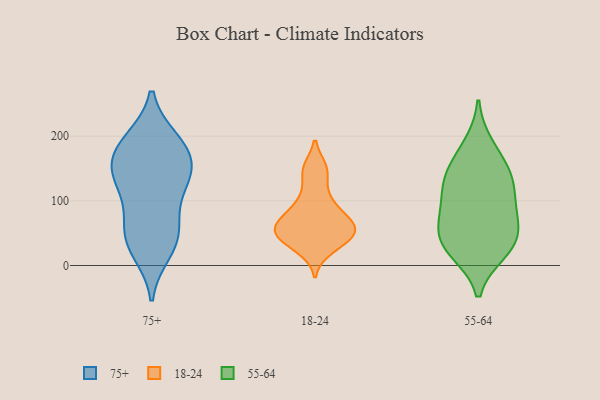
{"axis": {"x": "Net Income (USD K)", "y": "Value"}, "legend": ["18-24", "55-64", "75+"], "data": [{"x": "", "y": 140, "type": "75+"}, {"x": "", "y": 185, "type": "75+"}, {"x": "", "y": 189, "type": "75+"}, {"x": "", "y": 37, "type": "75+"}, {"x": "", "y": 193, "type": "75+"}, {"x": "", "y": 74, "type": "75+"}, {"x": "", "y": 39, "type": "75+"}, {"x": "", "y": 22, "type": "75+"}, {"x": "", "y": 112, "type": "75+"}, {"x": "", "y": 58, "type": "75+"}, {"x": "", "y": 174, "type": "75+"}, {"x": "", "y": 143, "type": "75+"}, {"x": "", "y": 142, "type": "75+"}, {"x": "", "y": 141, "type": "75+"}, {"x": "", "y": 58, "type": "18-24"}, {"x": "", "y": 147, "type": "18-24"}, {"x": "", "y": 58, "type": "18-24"}, {"x": "", "y": 46, "type": "18-24"}, {"x": "", "y": 25, "type": "18-24"}, {"x": "", "y": 150, "type": "18-24"}, {"x": "", "y": 112, "type": "18-24"}, {"x": "", "y": 81, "type": "18-24"}, {"x": "", "y": 89, "type": "18-24"}, {"x": "", "y": 36, "type": "18-24"}, {"x": "", "y": 52, "type": "18-24"}, {"x": "", "y": 71, "type": "18-24"}, {"x": "", "y": 50, "type": "18-24"}, {"x": "", "y": 88, "type": "55-64"}, {"x": "", "y": 26, "type": "55-64"}, {"x": "", "y": 82, "type": "55-64"}, {"x": "", "y": 38, "type": "55-64"}, {"x": "", "y": 185, "type": "55-64"}, {"x": "", "y": 119, "type": "55-64"}, {"x": "", "y": 42, "type": "55-64"}, {"x": "", "y": 136, "type": "55-64"}, {"x": "", "y": 156, "type": "55-64"}, {"x": "", "y": 22, "type": "55-64"}, {"x": "", "y": 63, "type": "55-64"}, {"x": "", "y": 131, "type": "55-64"}]}